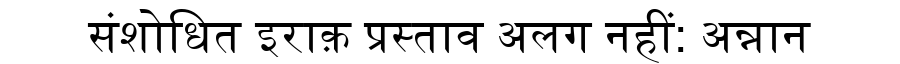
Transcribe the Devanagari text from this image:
संशोधित इराक़ प्रस्ताव अलग नहीं: अन्नान